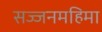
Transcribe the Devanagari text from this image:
सज्जनमहिमा